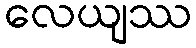
လေယျဿ